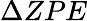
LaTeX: \Delta ZPE